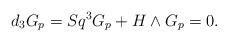
LaTeX: \begin{align*}d_3 G_p=Sq^3G_p+H\wedge G_p=0. \end{align*}